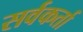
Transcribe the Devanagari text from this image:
सर्वकर्ता